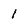
Character: I